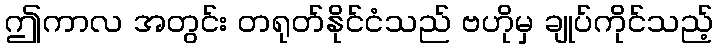
ဤကာလ အတွင်း တရုတ်နိုင်ငံသည် ဗဟိုမှ ချုပ်ကိုင်သည့်